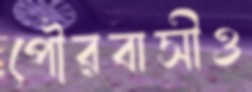
পৌরবাসীও